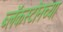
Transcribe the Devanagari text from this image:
ब्लॅकस्टोनच्या